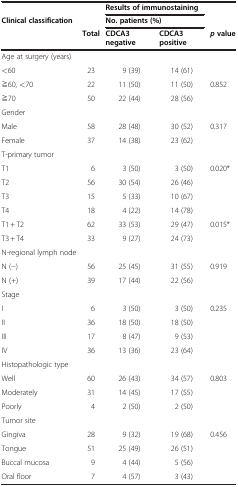
<table><thead><tr><td><b> </b></td><td><b> </b></td><td colspan="2"><b>Results of immunostaining</b></td><td><b> </b></td></tr><tr><td><b>Clinical classification</b></td><td><b> </b></td><td colspan="2"><b>No. patients (%)</b></td><td><b> </b></td></tr><tr><td><b> </b></td><td><b>Total</b></td><td><b>CDCA3 negative</b></td><td><b>CDCA3 positive</b></td><td><b><i>p </i>value</b></td></tr></thead><tbody><tr><td>Age at surgery (years)</td><td> </td><td> </td><td> </td><td> </td></tr><tr><td>&lt;60</td><td>23</td><td>9 (39)</td><td>14 (61)</td><td> </td></tr><tr><td>≧60, &lt;70</td><td>22</td><td>11 (50)</td><td>11 (50)</td><td>0.852</td></tr><tr><td>≧70</td><td>50</td><td>22 (44)</td><td>28 (56)</td><td> </td></tr><tr><td>Gender</td><td> </td><td> </td><td> </td><td> </td></tr><tr><td>Male</td><td>58</td><td>28 (48)</td><td>30 (52)</td><td>0.317</td></tr><tr><td>Female</td><td>37</td><td>14 (38)</td><td>23 (62)</td><td> </td></tr><tr><td>T-primary tumor</td><td> </td><td> </td><td> </td><td> </td></tr><tr><td>T1</td><td>6</td><td>3 (50)</td><td>3 (50)</td><td>0.020*</td></tr><tr><td>T2</td><td>56</td><td>30 (54)</td><td>26 (46)</td><td> </td></tr><tr><td>T3</td><td>15</td><td>5 (33)</td><td>10 (67)</td><td> </td></tr><tr><td>T4</td><td>18</td><td>4 (22)</td><td>14 (78)</td><td> </td></tr><tr><td>T1 + T2</td><td>62</td><td>33 (53)</td><td>29 (47)</td><td>0.015*</td></tr><tr><td>T3 + T4</td><td>33</td><td>9 (27)</td><td>24 (73)</td><td> </td></tr><tr><td>N-regional lymph node</td><td> </td><td> </td><td> </td><td> </td></tr><tr><td>N (−)</td><td>56</td><td>25 (45)</td><td>31 (55)</td><td>0.919</td></tr><tr><td>N (+)</td><td>39</td><td>17 (44)</td><td>22 (56)</td><td> </td></tr><tr><td>Stage</td><td> </td><td> </td><td> </td><td> </td></tr><tr><td>I</td><td>6</td><td>3 (50)</td><td>3 (50)</td><td>0.235</td></tr><tr><td>II</td><td>36</td><td>18 (50)</td><td>18 (50)</td><td> </td></tr><tr><td>III</td><td>17</td><td>8 (47)</td><td>9 (53)</td><td> </td></tr><tr><td>IV</td><td>36</td><td>13 (36)</td><td>23 (64)</td><td> </td></tr><tr><td>Histopathologic type</td><td> </td><td> </td><td> </td><td> </td></tr><tr><td>Well</td><td>60</td><td>26 (43)</td><td>34 (57)</td><td>0.803</td></tr><tr><td>Moderately</td><td>31</td><td>14 (45)</td><td>17 (55)</td><td> </td></tr><tr><td>Poorly</td><td>4</td><td>2 (50)</td><td>2 (50)</td><td> </td></tr><tr><td>Tumor site</td><td> </td><td> </td><td> </td><td> </td></tr><tr><td>Gingiva</td><td>28</td><td>9 (32)</td><td>19 (68)</td><td>0.456</td></tr><tr><td>Tongue</td><td>51</td><td>25 (49)</td><td>26 (51)</td><td> </td></tr><tr><td>Buccal mucosa</td><td>9</td><td>4 (44)</td><td>5 (56)</td><td> </td></tr><tr><td>Oral floor</td><td>7</td><td>4 (57)</td><td>3 (43)</td><td> </td></tr></tbody></table>